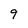
Character: 9